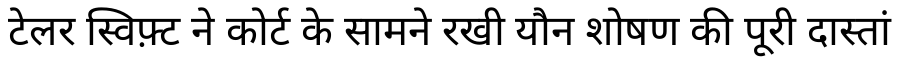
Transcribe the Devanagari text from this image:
टेलर स्विफ़्ट ने कोर्ट के सामने रखी यौन शोषण की पूरी दास्तां